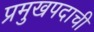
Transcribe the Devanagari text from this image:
प्रमुखपदाची